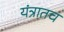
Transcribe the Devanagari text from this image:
यंत्रातच